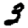
Digit: 3